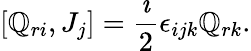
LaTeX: \lbrack{\mathbb{Q}_{ri},J_{j}}\rbrack=\frac{{\imath}}{{2}}\epsilon_{ijk}\mathbb{Q}_{rk}.